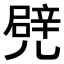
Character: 𠒱